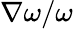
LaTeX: \nabla\omega/\omega